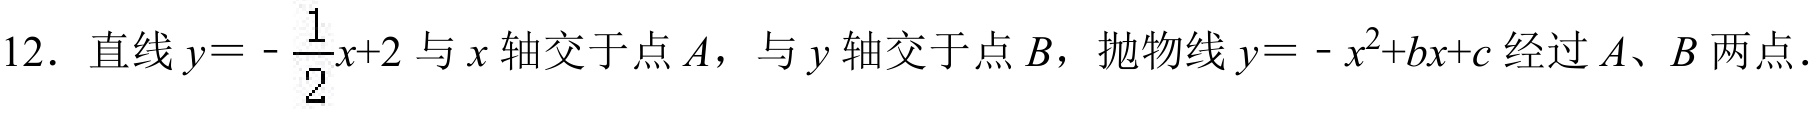
12. 直线\(y = -\dfrac{1}{2}x + 2\)与\(x\)轴交于点\(A\)，与\(y\)轴交于点\(B\)，抛物线\(y = -x^{2}+bx + c\)经过\(A\)、\(B\)两点.